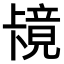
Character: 𫧶